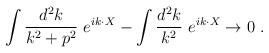
LaTeX: \begin{align*} \int{d^2 k\over {k^2+p^2}}~ e^{ik\cdot X}-\int {d^2 k\over k^2}~e^{ik\cdot X}\rightarrow 0~.\end{align*}